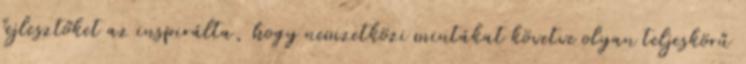
fejlesztőket az inspirálta, hogy nemzetközi mintákat követve olyan teljeskörű